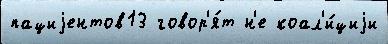
пациjентов13 говор'я́т н'е коал'и́циjи